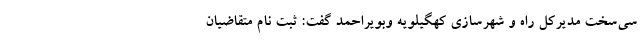
سی‌سخت مدیرکل راه و شهرسازی کهگیلویه وبویراحمد گفت: ثبت نام متقاضیان